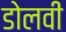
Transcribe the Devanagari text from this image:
डोलवी